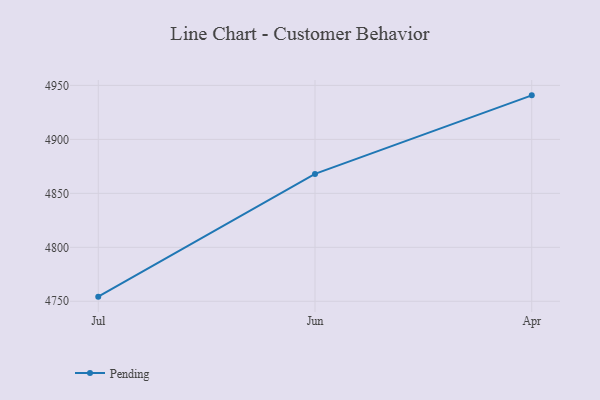
{"axis": {"x": "Month", "y": "Shipments"}, "legend": ["Pending"], "data": [{"x": "Jul", "y": 4754.3, "type": "Pending"}, {"x": "Jun", "y": 4868.0, "type": "Pending"}, {"x": "Apr", "y": 4940.8, "type": "Pending"}]}